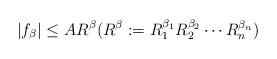
LaTeX: \begin{align*}|f_{\beta}|\leq A R^{\beta} (R^{\beta}:= R_1^{\beta_1}R_2^{\beta_2}\cdots R_n^{\beta_n})\end{align*}